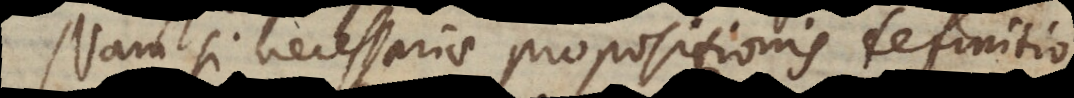
Nam si necessariae propositionis definitio